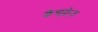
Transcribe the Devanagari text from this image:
कैचफ़्रेज़